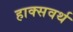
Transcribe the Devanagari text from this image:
हाक्सवर्थ